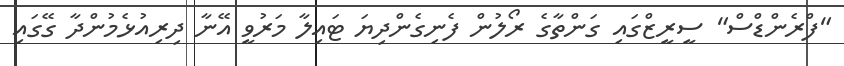
"ފްރެންޑްސް" ސީރީޒްގައި ގަންތާގެ ރޯލުން ފެނިގެންދިޔަ ޓައިލާ މަރުވީ އޭނާ ދިރިއުޅެމުންދާ ގޭގައި